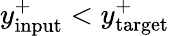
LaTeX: y_{\mathrm{input}}^{+}<y_{\mathrm{target}}^{+}